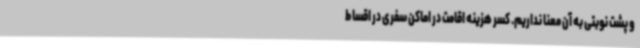
و پشت نوبتی به آن معنا نداریم. کسر هزینه اقامت در اماکن سفری در اقساط